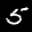
Label: 5